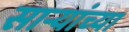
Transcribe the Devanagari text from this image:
सार्‍यांच्या